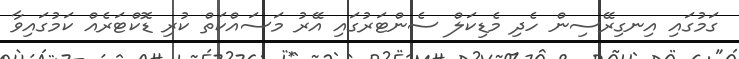
ގަމުގައި އިނގިރޭސިން ހެދި މެޑިކަލް ސެންޓަރުގައި އޭރު މަސައްކަތް ކުރި ޑޮކްޓަރެއް ކަމުގައިވާ